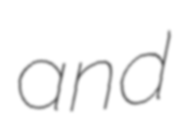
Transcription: and